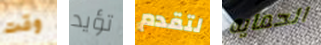
وقت تؤيد لتقدم الحمايه